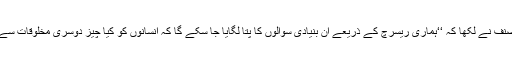
اس تحقیق کے مصنف نے لکھا کہ ‘‘ہماری ریسرچ کے ذریعے ان بنیادی سوالوں کا پتا لگایا جا سکے گا کہ انسانوں کو کیا چیز دوسری مخلوقات سے ممتاز بناتی ہے۔